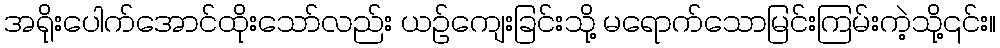
အရိုးပေါက်အောင်ထိုးသော်လည်း ယဉ်ကျေးခြင်းသို့ မရောက်သောမြင်းကြမ်းကဲ့သို့၎င်း။